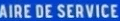
AIRE DE SERVICE